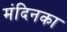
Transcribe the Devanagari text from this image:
मंदिनका